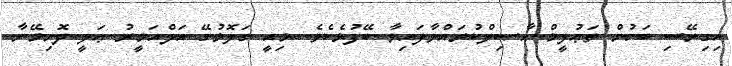
އިގިރޭސި ބަހުން ތަޢުލީމް ޙާޞިލްކުރައްވާފައިވާ ބޭފުޅެކެވެ. މިއީ ގަލޮޅުގޭ އަލްއަމީރު ޢަލީ ދޮށިމޭނާ